Scottish Leaving Certificate Examination, 1957
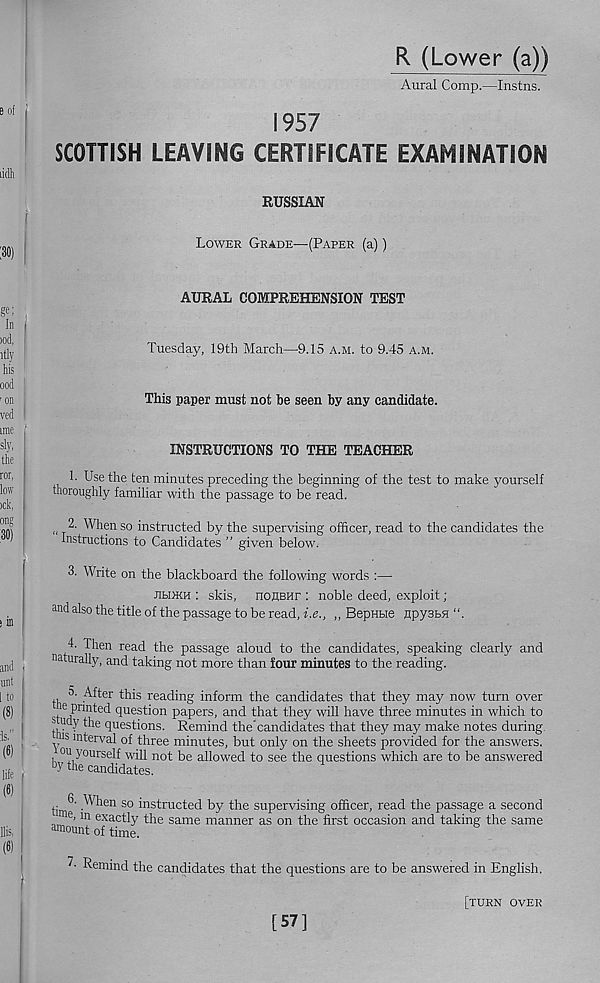
R (Lower (a))
Aural Comp.—Instns.
1957
SCOTTISH LEAVING CERTIFICATE EXAMINATION
RUSSIAN
Lower Grade—(Paper (a))
AURAL COMPREHENSION TEST
Tuesday, 19th March—9.15 a.m. to 9.45 a.m.
This paper must not be seen by any candidate.
INSTRUCTIONS TO THE TEACHER
1. Use the ten minutes preceding the beginning of the test to make yourself
thoroughly familiar with the passage to be read.
S 2. When so instructed by the supervising officer, read to the candidates the
Instructions to Candidates ” given below.
3. Write on the blackboard the following words :—
JibDKH : skis, noHBHr : noble deed, exploit;
and also the title of the passage to be read, i.e., ,, BepHbie flpysbfl “.
4- Then read the passage aloud to the candidates, speaking clearly and
naturally, and taking not more than four minutes to the reading.
n- After this reading inform the candidates that they may now turn over
, e P n nted question papers, and that they will have three minutes in which to
udy the questions. Remind the’candidates that they may make notes during,
y ln^erva l of three minutes, but only on the sheets provided for the answers.
ou yourself will not be allowed to see the questions which are to be answered
“y the candidates.
6. When so instructed by the supervising officer, read the passage a second
e ' 111 exactly the same manner as on the first occasion and taking the same
amount of time.
Remind the candidates that the questions are to be answered in English.
[turn over
[57]